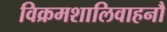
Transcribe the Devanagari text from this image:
विक्रमशालिवाहनौ